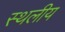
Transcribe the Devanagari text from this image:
स्‍थलीय